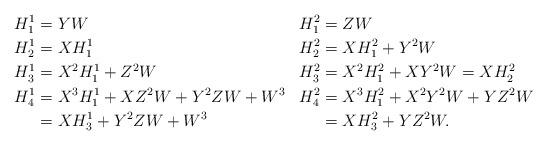
LaTeX: \begin{align*}H_1^1&=YW &H_1^2&=ZW\\H_2^1&=XH_1^1 & H_2^2&=XH_1^2+Y^2W\\H_3^1&=X^2H_1^1+Z^2W &H_3^2&=X^2H_1^2+XY^2W=XH_2^2\\H_4^1&=X^3H_1^1+XZ^2W+Y^2ZW+W^3 & H_4^2&=X^3H_1^2+X^2Y^2W+YZ^2W\\&=XH_3^1+Y^2ZW+W^3 & & =XH_3^2+YZ^2W.\end{align*}